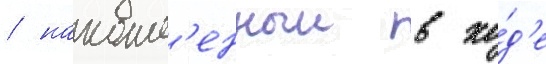
/ накопл'енныи в хо́д'е